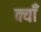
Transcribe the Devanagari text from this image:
क्याँ